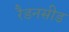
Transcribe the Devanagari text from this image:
रैडनसीड